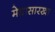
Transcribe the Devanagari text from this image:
मेघासारखा